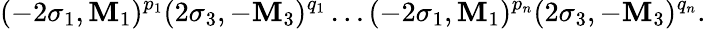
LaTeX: (-2\sigma_{1},\mathbf{M}_{1})^{p_{1}}(2\sigma_{3},-\mathbf{M}_{3})^{q_{1}}\ldots(-2\sigma_{1},\mathbf{M}_{1})^{p_{n}}(2\sigma_{3},-\mathbf{M}_{3})^{q_{n}}.